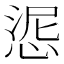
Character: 𢛜